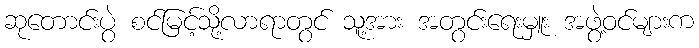
ဆုတောင်းပွဲ စင်မြင့်သို့လာရာတွင် သူ့အား အတွင်းရေးမှူး အဖွဲ့ဝင်များက